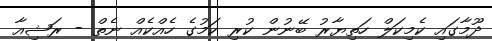
ދޫމާގައި ކެމިކަލް ހަތިޔާރު ބޭނުން ކުރި ކަމުގެ ހެއްކެއް ނެތް - ރަޝިއާ